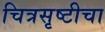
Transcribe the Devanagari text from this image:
चित्रसृष्टीचा